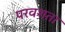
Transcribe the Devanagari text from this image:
परवशता